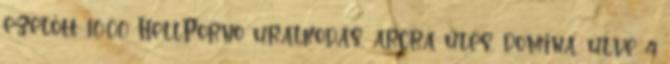
ezelőtt 10:00 HellPorno uralkodás, arcra űlés, domina, ülve 4